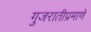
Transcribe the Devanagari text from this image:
गुजरातीप्रमाणे